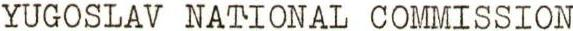
YUGOSLAV NATIONAL COMMISSION